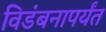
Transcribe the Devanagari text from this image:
विडंबनापर्यंत